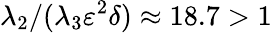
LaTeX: \lambda_{2}/(\lambda_{3}\varepsilon^{2}\delta)\approx 18.7>1